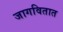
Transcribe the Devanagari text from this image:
जागवितात